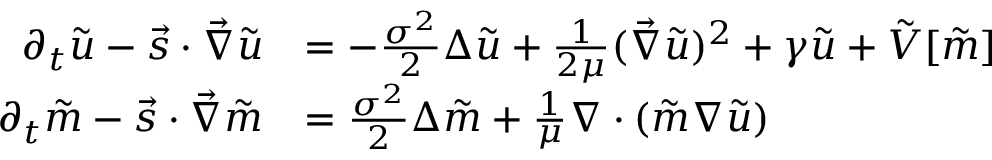
\begin{array} { r l } { \partial _ { t } \tilde { u } - \vec { s } \cdot \vec { \nabla } \tilde { u } } & { = - \frac { \sigma ^ { 2 } } { 2 } \Delta { \tilde { u } } + \frac { 1 } { 2 \mu } ( \vec { \nabla } \tilde { u } ) ^ { 2 } + \gamma \tilde { u } + \tilde { V } [ \tilde { m } ] } \\ { \partial _ { t } \tilde { m } - \vec { s } \cdot \vec { \nabla } \tilde { m } } & { = \frac { \sigma ^ { 2 } } { 2 } \Delta \tilde { m } + \frac { 1 } { \mu } \nabla \cdot ( \tilde { m } \nabla \tilde { u } ) } \end{array}